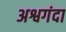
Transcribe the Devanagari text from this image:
अश्वगंदा